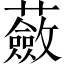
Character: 蘞